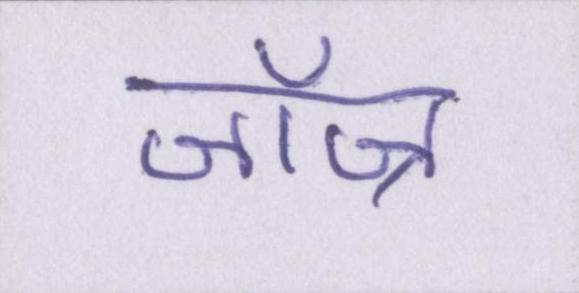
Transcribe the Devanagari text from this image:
जॉज्र